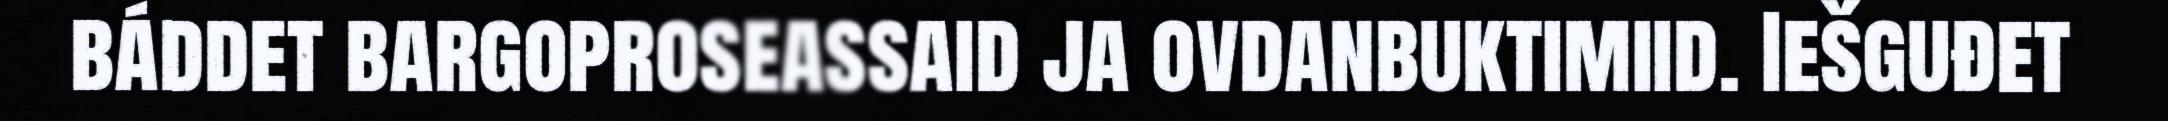
báddet bargoproseassaid ja ovdanbuktimiid. Iešguđet